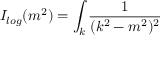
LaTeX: I _ { l o g } ( m ^ { 2 } ) = \int _ { k } \frac { 1 } { ( k ^ { 2 } - m ^ { 2 } ) ^ { 2 } }